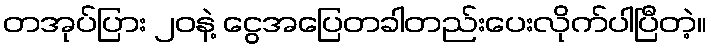
တအုပ်ပြား ၂၀နဲ့ ငွေအပြေတခါတည်းပေးလိုက်ပါပြီတဲ့။